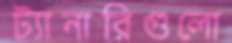
ট্যানারিগুলো